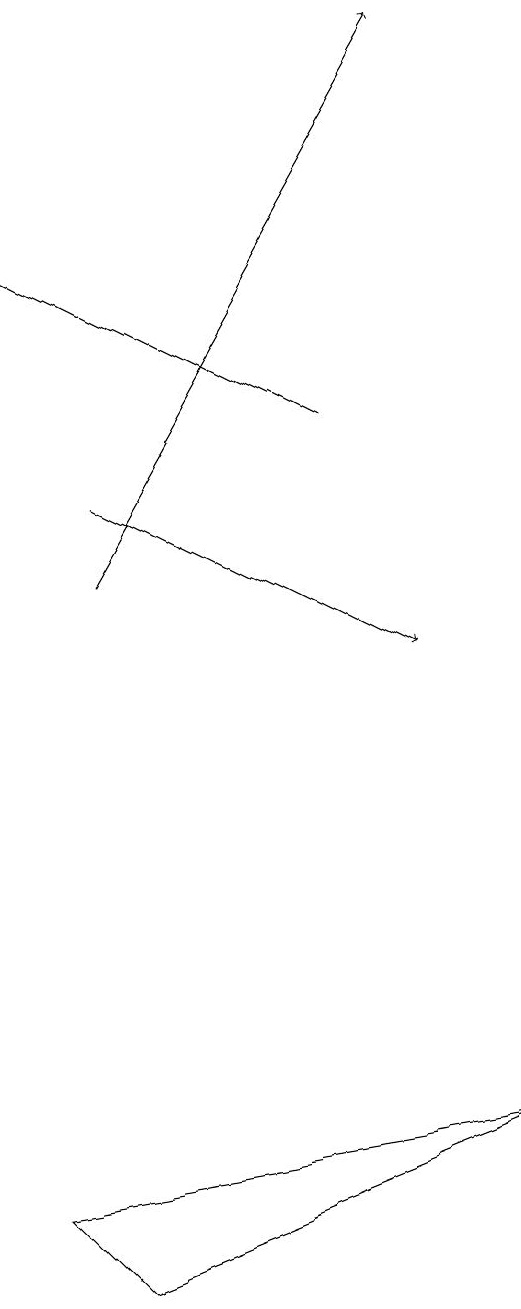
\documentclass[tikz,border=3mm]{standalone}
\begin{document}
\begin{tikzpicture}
\draw (3,4) -- (9,5) -- (4,3) -- cycle;
\draw[->] (7,14) -- (3,16);
\draw[->] (4,13) -- (8,11);
\draw[->] (4,12) -- (8,19);
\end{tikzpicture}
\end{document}